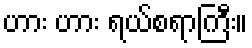
ဟား ဟား ရယ်စရာကြီး။